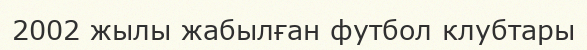
2002 жылы жабылған футбол клубтары